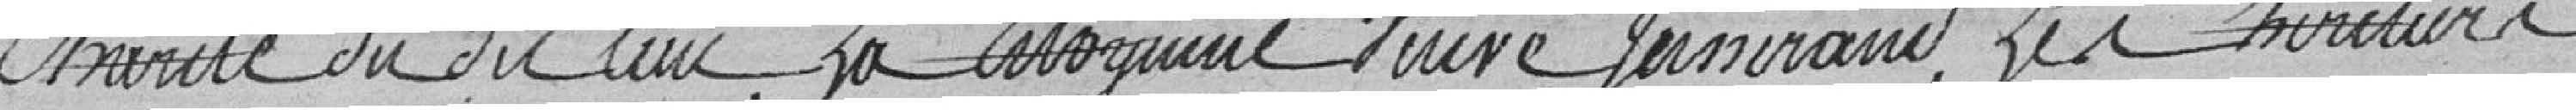
charité du dit lieu, la citoyenne veuve Jasserand, les heritiers